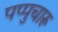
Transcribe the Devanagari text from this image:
पप्पुचारू